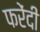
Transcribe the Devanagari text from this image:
फरेंदी